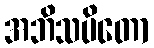
အဘိသပိတော